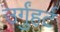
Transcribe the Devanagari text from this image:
उर्गुंहर्ट